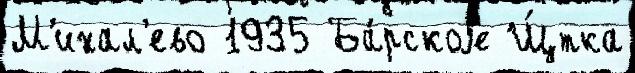
М'ихал'ево 1935 Ба́рскоjе Щ́тка